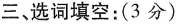
三、选词填空：(3分)